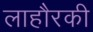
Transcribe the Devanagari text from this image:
लाहौरकी